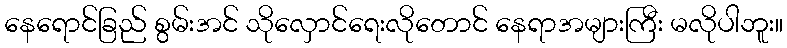
နေရောင်ခြည် စွမ်းအင် သိုလှောင်ရေးလိုတောင် နေရာအများကြီး မလိုပါဘူး။